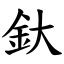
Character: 釱